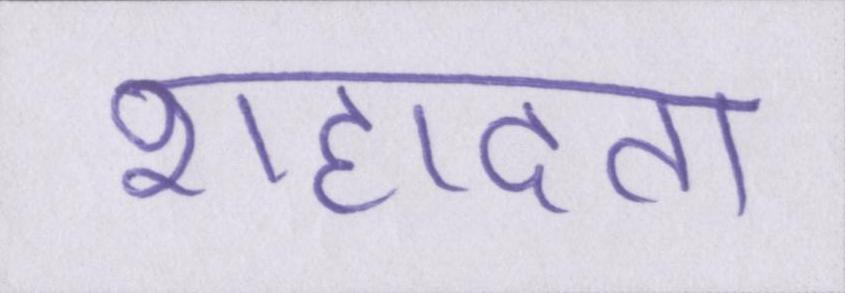
शहादत